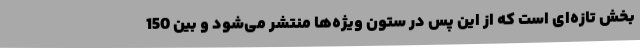
بخش تازه‌ای است که از این پس در ستون ویژه‌ها منتشر می‌شود و بین 150